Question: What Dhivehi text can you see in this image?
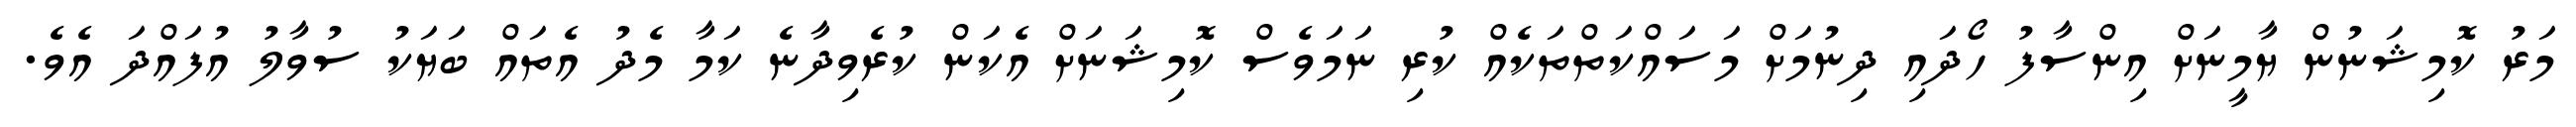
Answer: މަރު ކޮމިޝަނުން ޔާމީނަށް އިންސާފު ހޯދައި ދިނުމަށް މަސައްކަތްތަކެއް ކުރި ނަމަވެސް ކޮމިޝަނަށް އެކަން ކުރެވިދާނެ ކަމާ މެދު އެތައް ބަޔަކު ސުވާލު އުފައްދަ އެވެ.